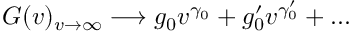
G ( v ) _ { v \to \infty } \longrightarrow g _ { 0 } v ^ { \gamma _ { 0 } } + g _ { 0 } ^ { \prime } v ^ { \gamma _ { 0 } ^ { \prime } } + . . .